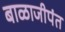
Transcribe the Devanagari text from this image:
बाळाजीपंत